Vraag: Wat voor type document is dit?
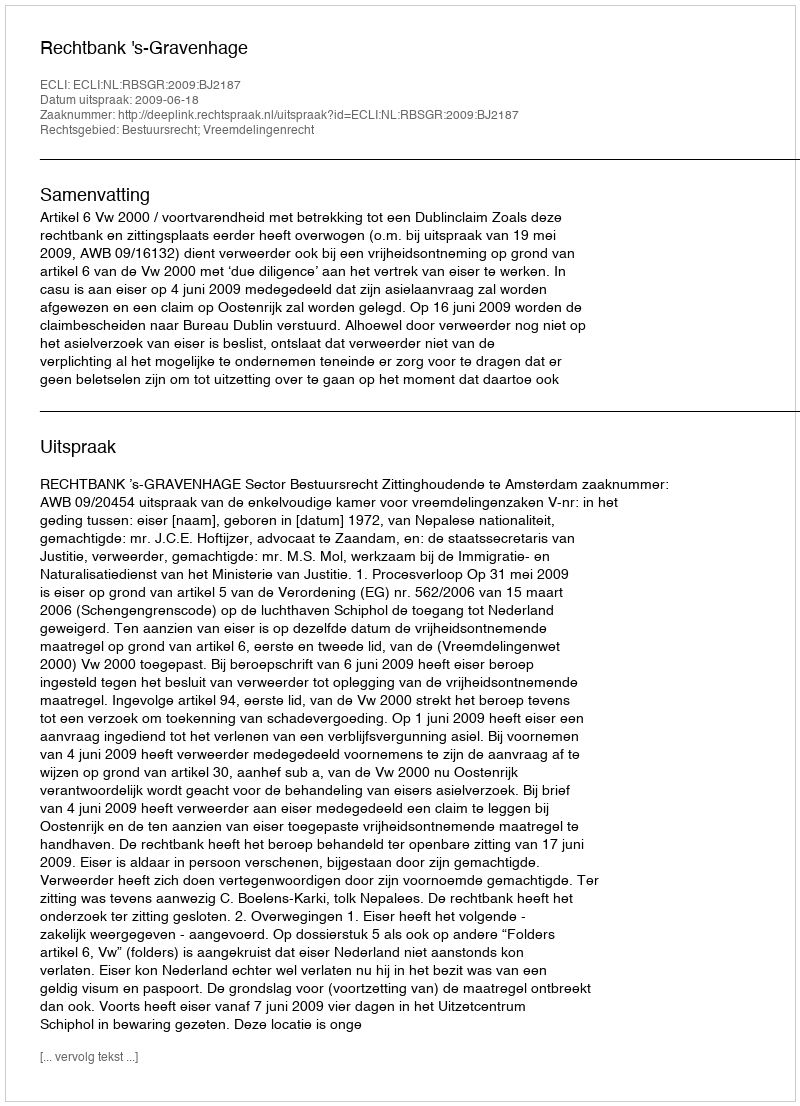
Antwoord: Uitspraak